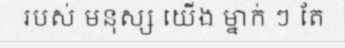
របស់ មនុស្ស យើង ម្នាក់ ៗ តែ